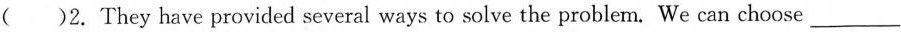
( )2. They have provided several ways to solve the problem. We can choose ___